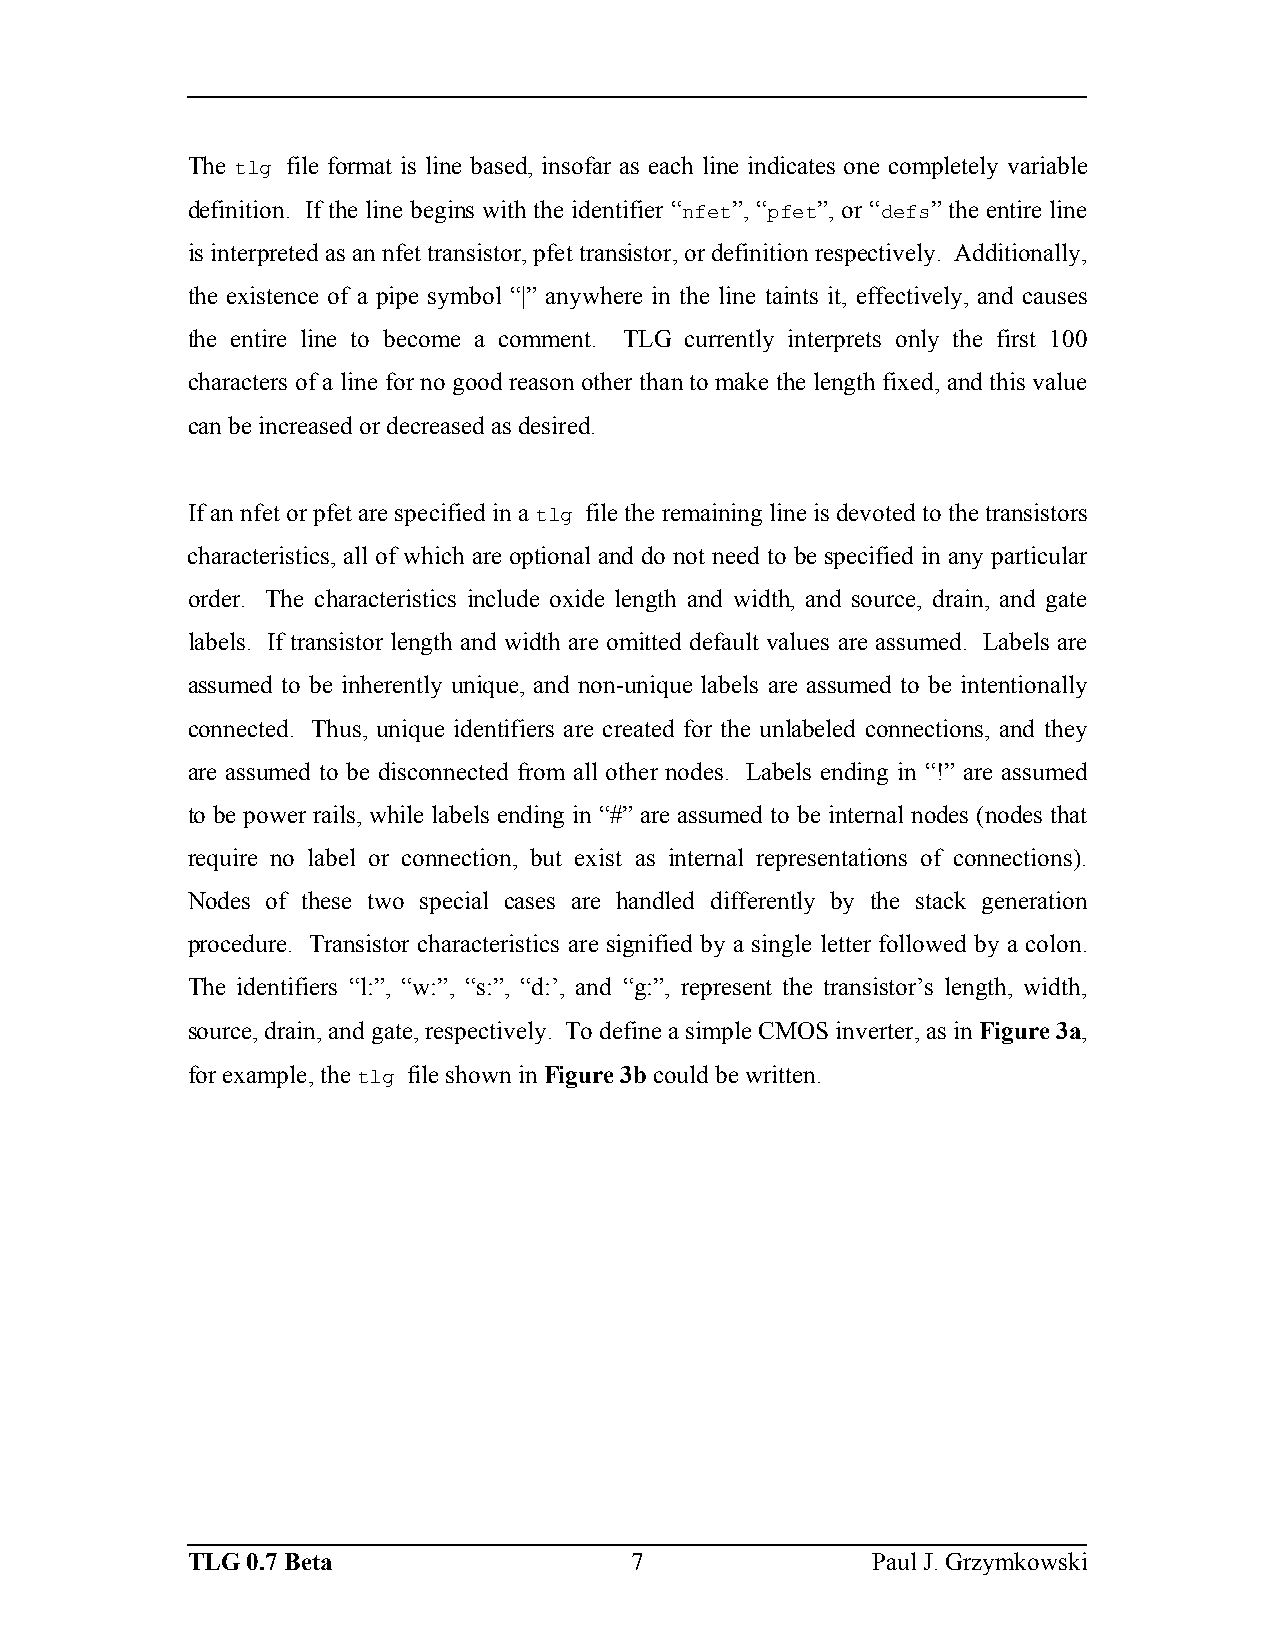
The tlg file format is line based, insofar as each line indicates one completely variable
 definition. If the line begins with the identifier “nfet”, “pfet”, or “defs” the entire line
 is interpreted as an nfet transistor, pfet transistor, or definition respectively. Additionally,
 the existence of a pipe symbol “|” anywhere in the line taints it, effectively, and causes
 the entire line to become a comment. TLG currently interprets only the first 100
 characters of a line for no good reason other than to make the length fixed, and this value
 can be increased or decreased as desired.
 If an nfet or pfet are specified in a tlg file the remaining line is devoted to the transistors
 characteristics, all of which are optional and do not need to be specified in any particular
 order. The characteristics include oxide length and width, and source, drain, and gate
 labels. If transistor length and width are omitted default values are assumed. Labels are
 assumed to be inherently unique, and non-unique labels are assumed to be intentionally
 connected. Thus, unique identifiers are created for the unlabeled connections, and they
 are assumed to be disconnected from all other nodes. Labels ending in “!” are assumed
 to be power rails, while labels ending in “#” are assumed to be internal nodes (nodes that
 require no label or connection, but exist as internal representations of connections).
 Nodes of these two special cases are handled differently by the stack generation
 procedure. Transistor characteristics are signified by a single letter followed by a colon.
 The identifiers “l:”, “w:”, “s:”, “d:’, and “g:”, represent the transistor’s length, width,
 source, drain, and gate, respectively. To define a simple CMOS inverter, as in Figure 3a,
 for example, the tlg file shown in Figure 3b could be written.
 TLG 0.7 Beta                  7               Paul J. Grzymkowski